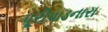
પૂરીપાડનારા